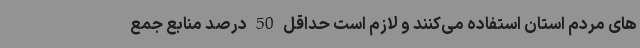
های مردم استان استفاده می‌کنند و لازم است حداقل 50 درصد منابع جمع